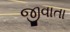
જીવાતા